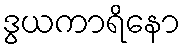
ဒွယကာရိနော